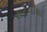
સરગૌધા